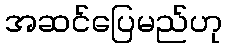
အဆင်ပြေမည်ဟု